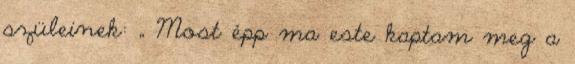
szüleinek: „ Most épp ma este kaptam meg a